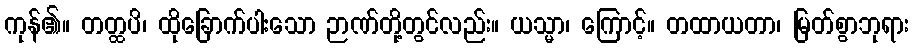
ကုန်၏။ တတ္ထပိ၊ ထိုခြောက်ပါးသော ဉာဏ်တို့တွင်လည်း။ ယသ္မာ၊ ကြောင့်။ တထာယတာ၊ မြတ်စွာဘုရား